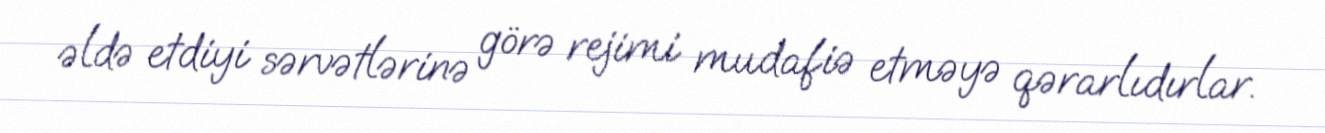
əldə etdiyi sərvətlərinə görə rejimi mudafiə etməyə qərarlıdırlar.